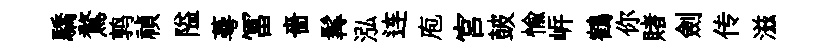
驕鶩鹑禎隘蕚冨嗇髯泓连庖宫皷愉㟁鶴你賭劍传滋